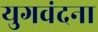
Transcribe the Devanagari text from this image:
युगवंदना